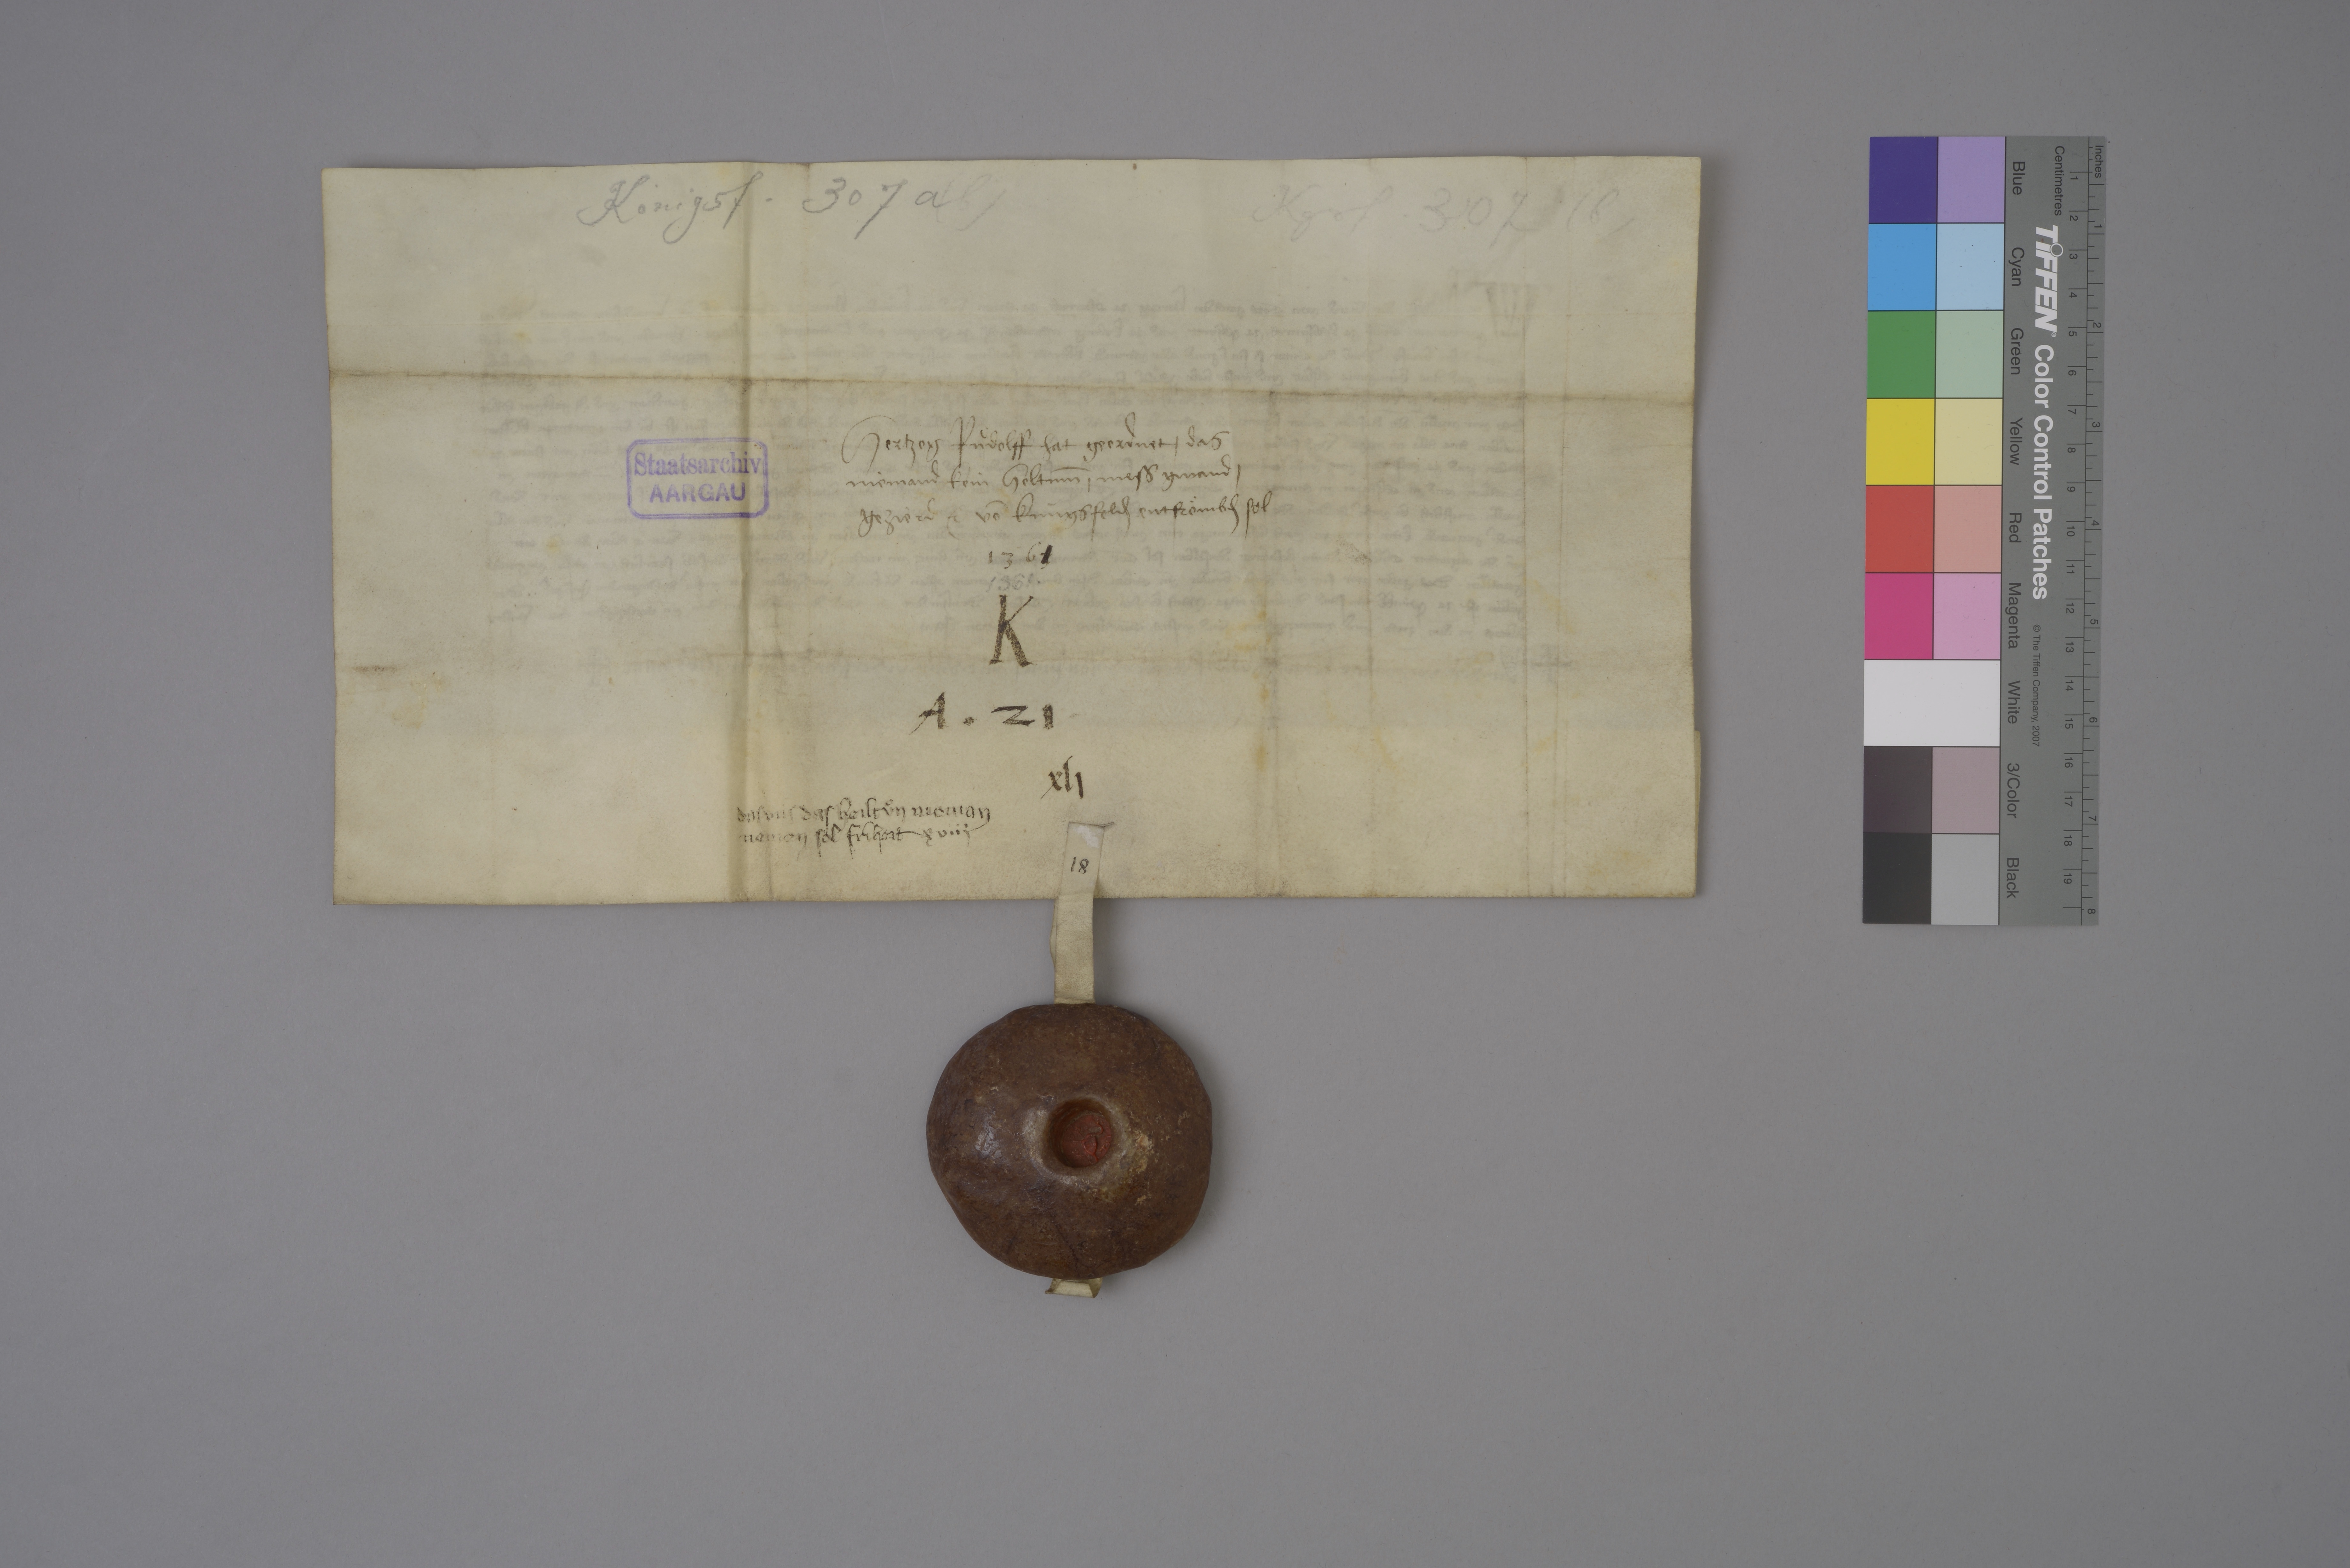
Transcription:
Königsf. 307 a ( b )

Kgsf. 307 ( b )

hertzog Ruͦdolff hat geordnet ✳ das
niemand kein heltum̄ ✳ mesz gwand ✳
gezierd ꝫc vō Kùngsfeld₎ entfroͤmbd₎ sol

Staatsarchiv
AARGAU

13631

1361 ✳

K
A ✳ 21 ✳

xlj

das uns das heiltuͦn nieman
nemen sol friheit

xviij